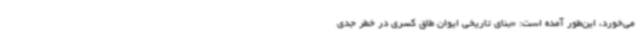
می‌خورد، این‌طور آمده است: «بنای تاریخی ایوان طاق کسری در خطر جدی